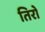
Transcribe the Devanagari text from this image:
तिरो